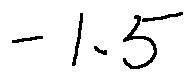
- 1 . 5